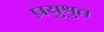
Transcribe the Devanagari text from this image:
प्रयुश्रुत